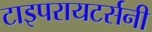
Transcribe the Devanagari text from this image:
टाइपरायटर्सनी